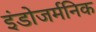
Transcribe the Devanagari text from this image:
इंडोजर्मनिक